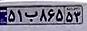
۵۱ب۸۶۵۵۳